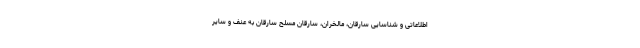
اطلاعاتی و شناسایی سارقان، مالخران، سارقان مسلح سارقان به عنف و سایر